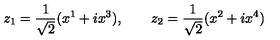
z _ { 1 } = \frac { 1 } { \sqrt { 2 } } ( x ^ { 1 } + i x ^ { 3 } ) , \qquad z _ { 2 } = \frac { 1 } { \sqrt { 2 } } ( x ^ { 2 } + i x ^ { 4 } )